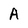
Character: A